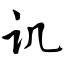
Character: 讥